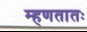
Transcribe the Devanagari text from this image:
म्हणतातः